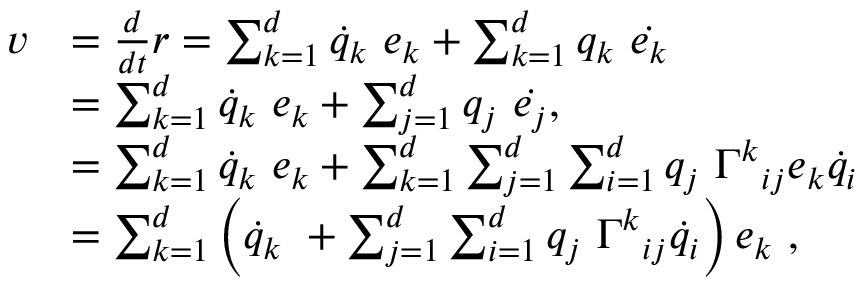
{ \begin{array} { r l } { { \boldsymbol { v } } } & { = { \frac { d } { d t } } { \boldsymbol { r } } = \sum _ { k = 1 } ^ { d } { \dot { q } } _ { k } \ { \boldsymbol { e _ { k } } } + \sum _ { k = 1 } ^ { d } q _ { k } \ { \dot { \boldsymbol { e _ { k } } } } } \\ & { = \sum _ { k = 1 } ^ { d } { \dot { q } } _ { k } \ { \boldsymbol { e _ { k } } } + \sum _ { j = 1 } ^ { d } q _ { j } \ { \dot { \boldsymbol { e _ { j } } } } , } \\ & { = \sum _ { k = 1 } ^ { d } { \dot { q } } _ { k } \ { \boldsymbol { e _ { k } } } + \sum _ { k = 1 } ^ { d } \sum _ { j = 1 } ^ { d } \sum _ { i = 1 } ^ { d } q _ { j } \ { \Gamma ^ { k } } _ { i j } { \boldsymbol { e _ { k } } } { \dot { q } } _ { i } } \\ & { = \sum _ { k = 1 } ^ { d } \left( { \dot { q } } _ { k } \ + \sum _ { j = 1 } ^ { d } \sum _ { i = 1 } ^ { d } q _ { j } \ { \Gamma ^ { k } } _ { i j } { \dot { q } } _ { i } \right) { \boldsymbol { e _ { k } } } \ , } \end{array} }